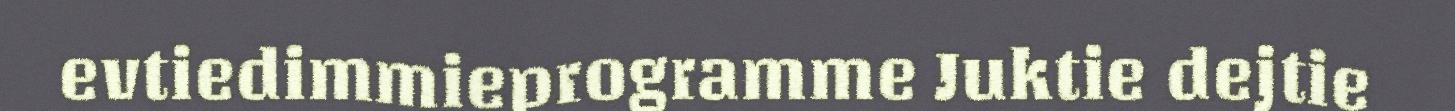
evtiedimmieprogramme Juktie dejtie